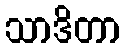
သာဒိတာ